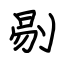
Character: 剔